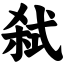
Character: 弑